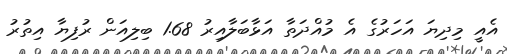
އެއީ މިދިޔަ އަހަރުގެ އެ މުއްދަތާ އަޅާބަލާއިރު 1.68 ބިލިއަން ރުފިޔާ އިތުރު